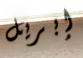
إبريل